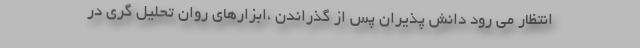
انتظار می رود دانش پذیران پس از گذراندن ،ابزارهای روان تحلیل گری در